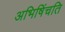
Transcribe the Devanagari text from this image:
अभिषिंचति